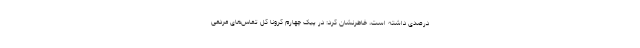
درصدی داشته است، خاطرنشان کرد: در پیک چهارم کرونا کل تماس‌‌‌های مردمی